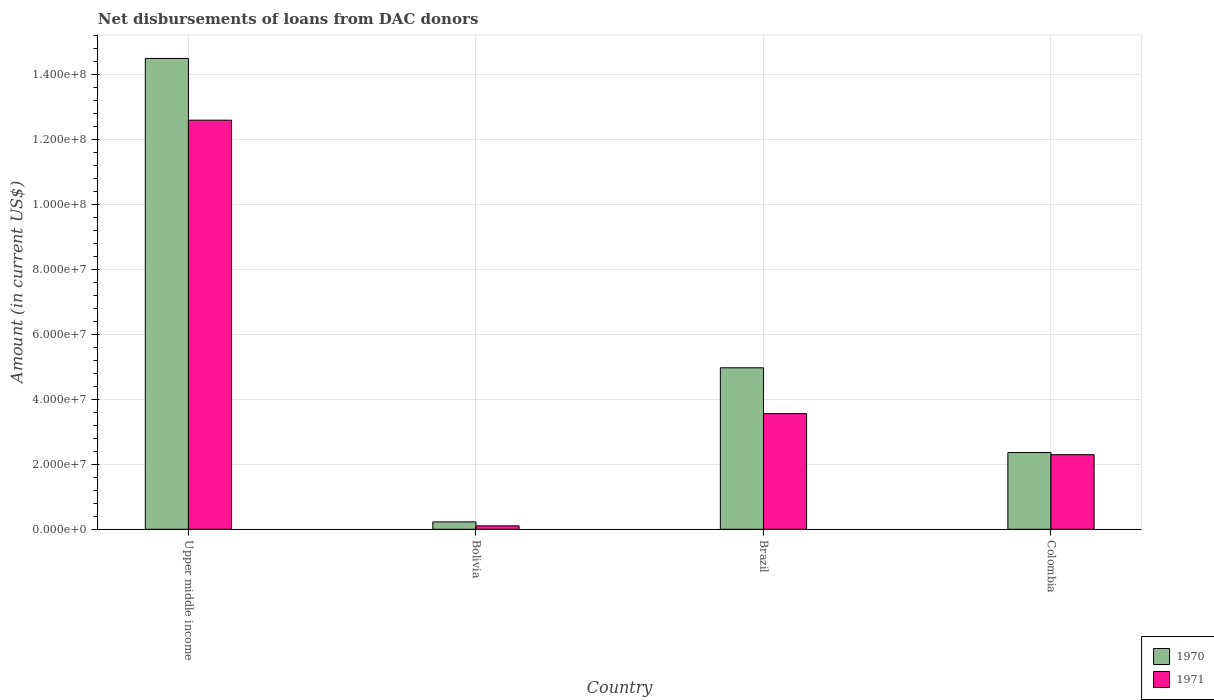
| Country | 1970 | 1971 |
 | --- | --- | --- |
 | Upper middle income | 1.45e+08 | 1.26e+08 |
 | Bolivia | 2.27e+06 | 1.06e+06 |
 | Brazil | 4.97e+07 | 3.56e+07 |
 | Colombia | 2.36e+07 | 2.3e+07 |